Senior Leaving Certificate Examination (including Day School Certificate (Higher) General paper), 1947
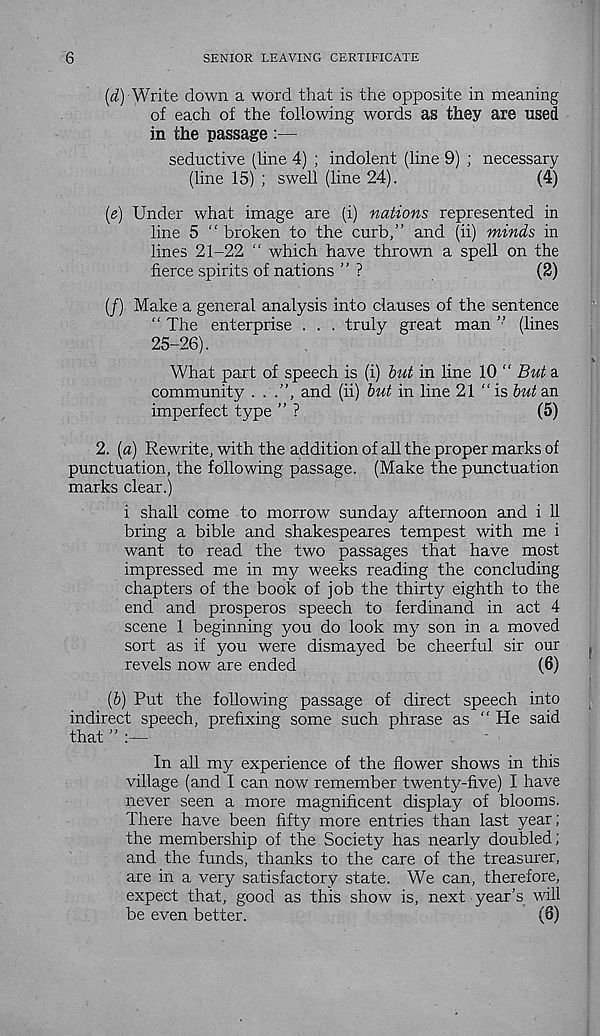
6
SENIOR LEAVING CERTIFICATE
(i) Write down a word that is the opposite in meaning
of each of the following words as they are used
in the passage :—
seductive (line 4) ; indolent (line 9) ; necessary
(line 15) ; swell (line 24).
(4)
{e) Under what image are (i) nations represented in
line 5 “ broken to the curb,” and (ii) minds in
lines 21-22 “ which have thrown a spell on the
fierce spirits of nations ” ?
(2)
(/) Make a general analysis into clauses of the sentence
“ The enterprise . . . truly great man (lines
25-26).
What part of speech is (i) but in line 10 ” But a
community . .
and (ii) but in line 21 “is but an
imperfect type ” ?
(5)
2. {a) Rewrite, with the addition of all the proper marks of
punctuation, the following passage. (Make the punctuation
marks clear.)
i shall come to morrow Sunday afternoon and i 11
bring a bible and shakespeares tempest with me i
want to read the two passages that have most
impressed me in my weeks reading the concluding
chapters of the book of job the thirty eighth to the
end and prosperos speech to ferdinand in act 4
scene 1 beginning you do look my son in a moved
sort as if you were dismayed be cheerful sir our
revels now are ended
(6)
(6) Put the following passage of direct speech into
indirect speech, prefixing some such phrase as “ He said
that ” :—
In all my experience of the flower shows in this
village (and I can now remember twenty-five) I have
never seen a more magnificent display of blooms.
There have been fifty more entries than last year;
the membership of the Society has nearly doubled;
and the funds, thanks to the care of the treasurer,
are in a very satisfactory state. We can, therefore,
expect that, good as this show is, next year’s will
be even better.
(6)